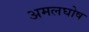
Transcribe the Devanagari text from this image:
अमलघोष